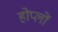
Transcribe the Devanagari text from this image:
होप्लों